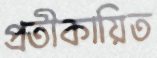
প্রতীকায়িত